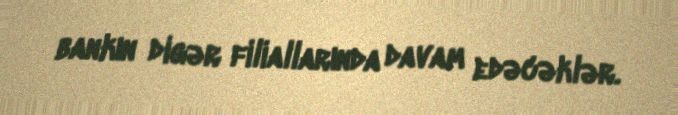
bankın digər filiallarında davam edəcəklər.